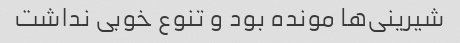
شیرینی‌ها مونده بود و تنوع خوبی نداشت